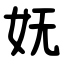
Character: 妩